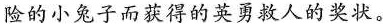
险的小兔子而获得的英勇救人的奖状。